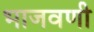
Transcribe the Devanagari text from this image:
भाजवणी